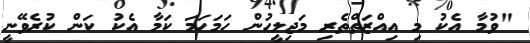
"ވުމާ އެކު މި އިއްޒަތްތެރި މަޖިލީހުން ހަމަހަމަ ކަމާ އެކު ކަން ކުރެވޭނީ